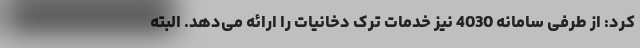
کرد: از طرفی سامانه 4030 نیز خدمات ترک دخانیات را ارائه می‌دهد. البته